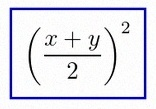
\left(\frac{x+y}{2}\right)^2